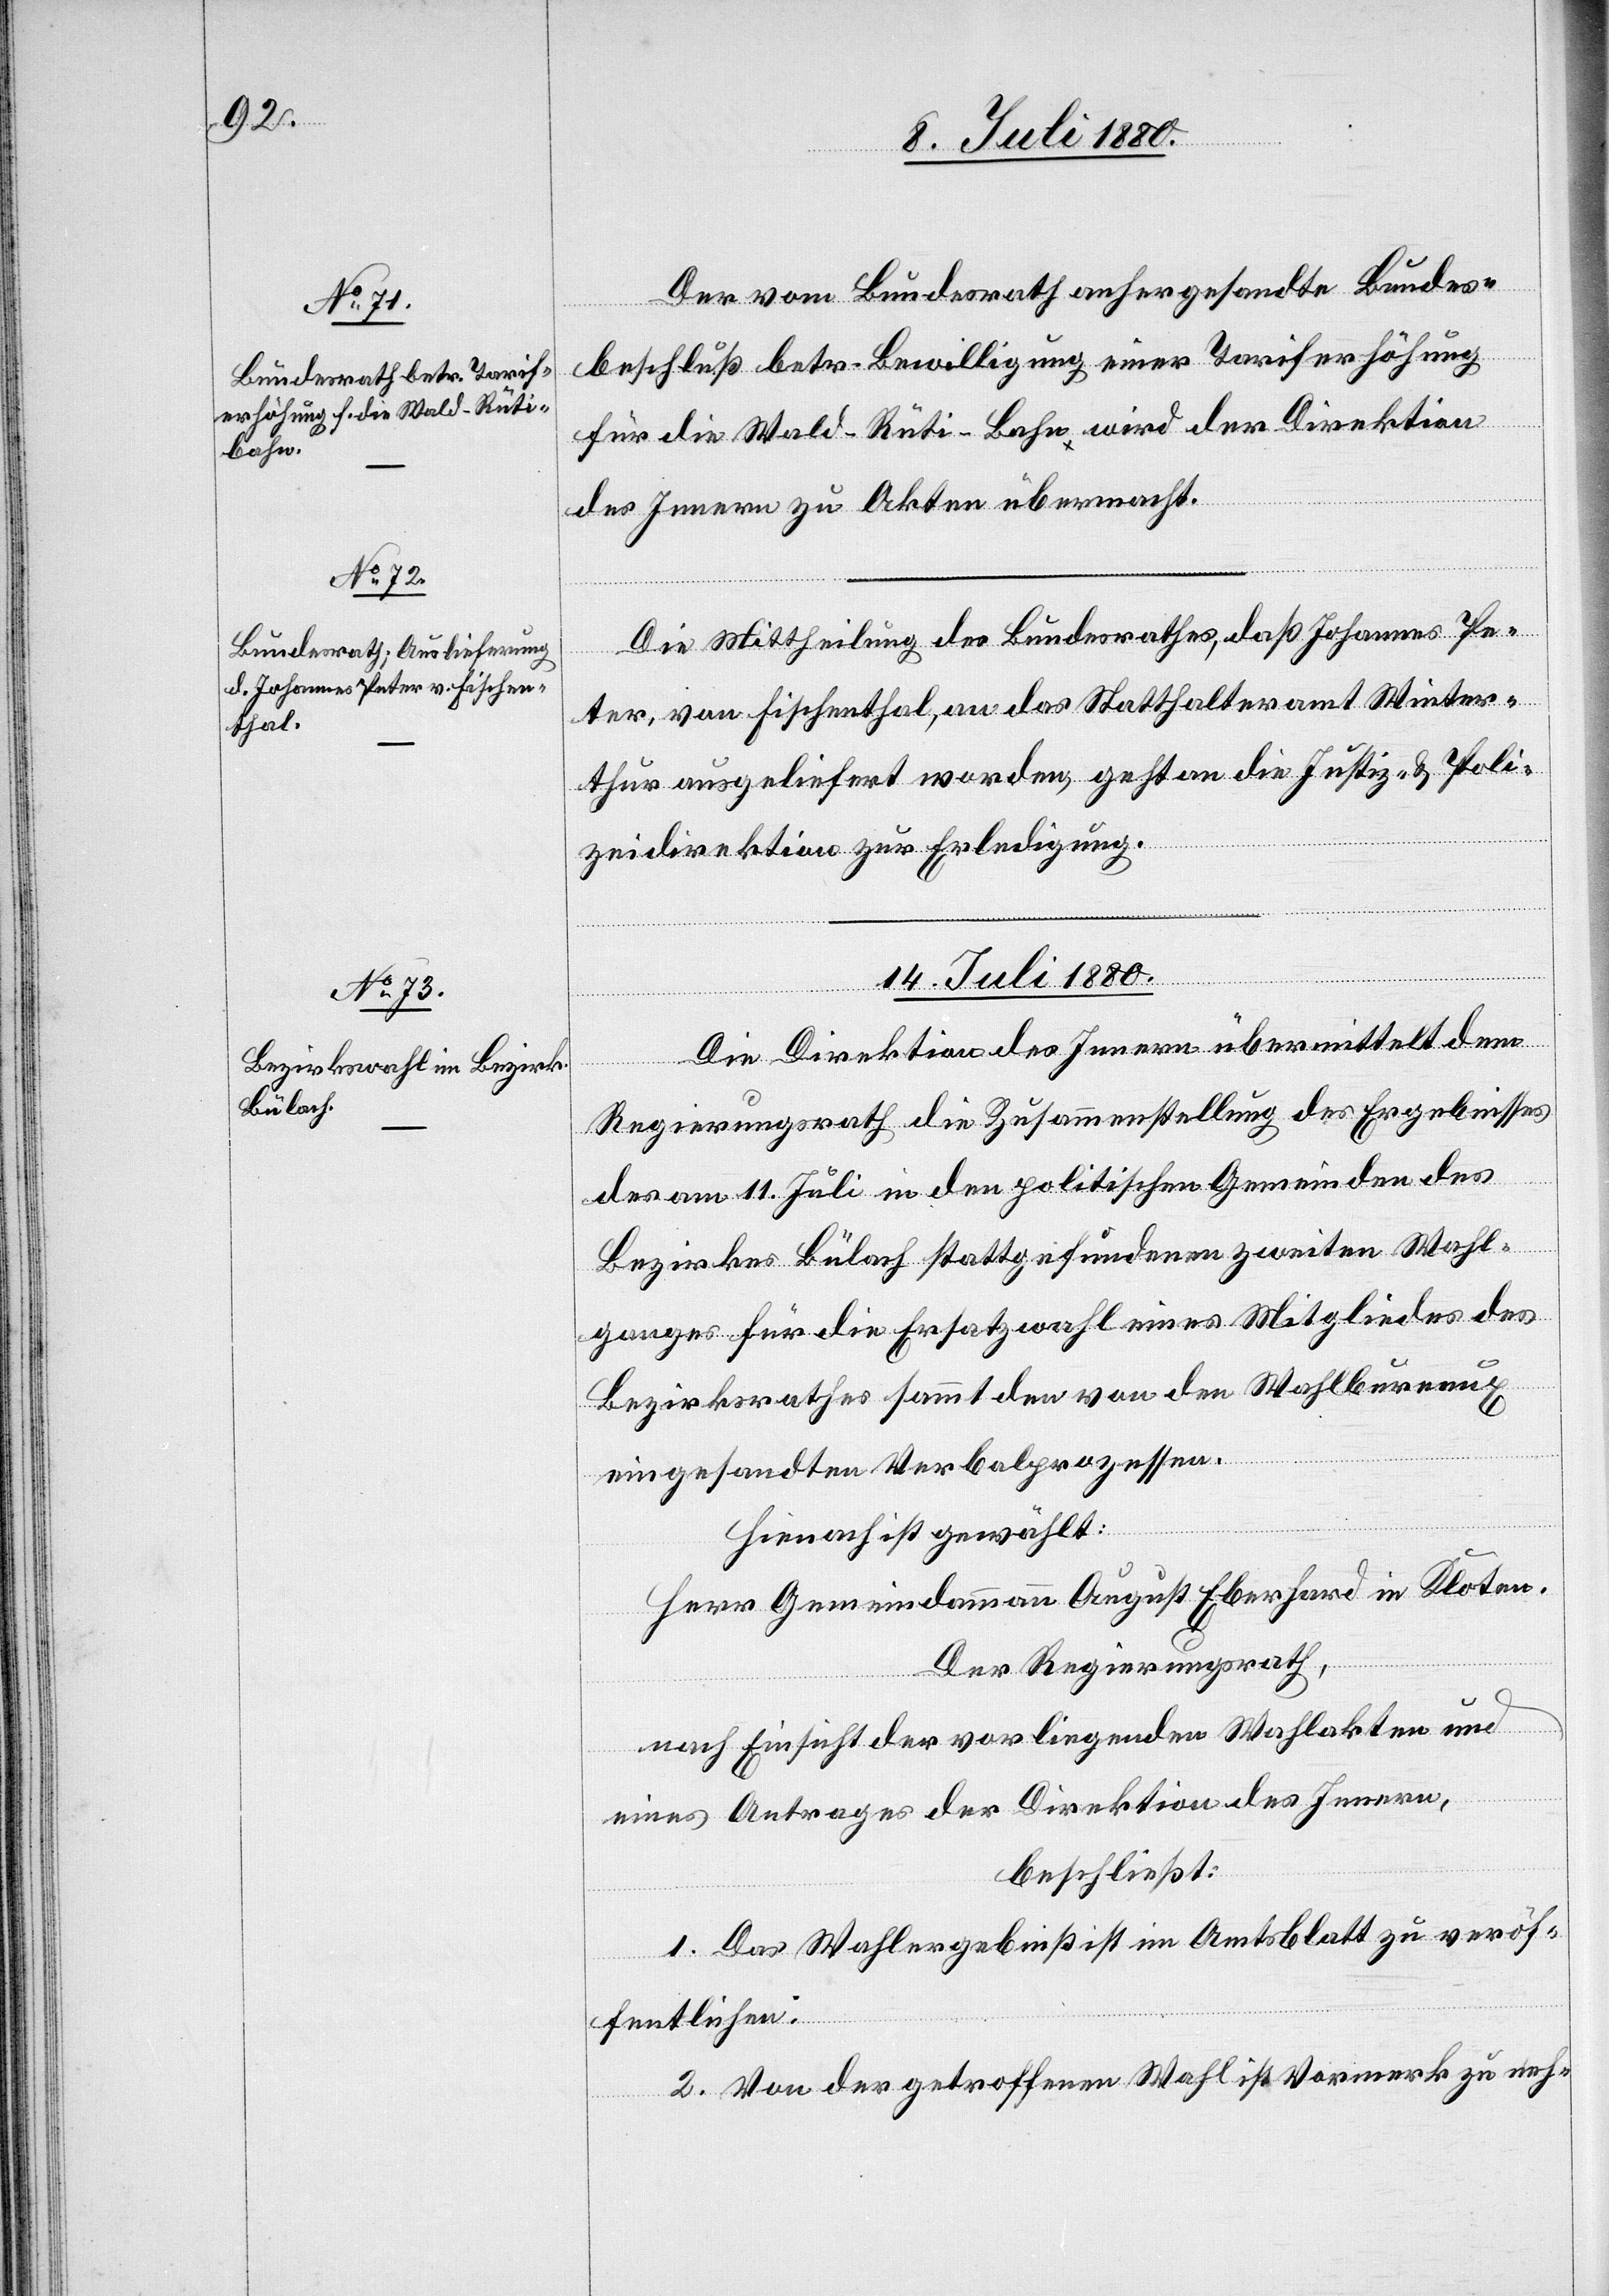
12. Juli 1880.]
Der vom Bundesrath anhergesandte Bundes¬
beschluß betr. Bewilligung einer Tariferhöhung
für die Wald–Rüti-Bahn wird der Direktion
des Innern zu Akten übermacht.
Die Mittheilung des Bundesrathes, daß Johannes Pe¬
ter, von Fischenthal, an das Statthalteramt Winter¬
thur ausgeliefert worden, geht an die Justiz- & Poli¬
zeidirektion zur Erledigung.
14. Juli 1880.
erfügungen
Die Direktion des Innern übermittelt dem
Regierungsrath die Zusammenstellung des Ergebnisses
des am 11. Juli in den politischen Gemeinden des
Bezirkes Bülach stattgefundenen zweiten Wahl¬
ganges für die Ersatzwahl eines Mitgliedes des
Bezirksrathes sammt den von den Wahlbureaux
eingesandten Verbalprozessen.
Hienach ist gewählt:
Herr Gemeindammann August Eberhard in Kloten.
Der Regierungsrath,
nach Einsicht der vorliegenden Wahlakten und
eines Antrages der Direktion des Innern,
beschließt:
1. Das Wahlergebniß ist im Amtsblatt zu veröf¬
fentlichen.
2. Von der getroffenen Wahl ist Vormerk zu neh-